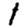
Digit: 1